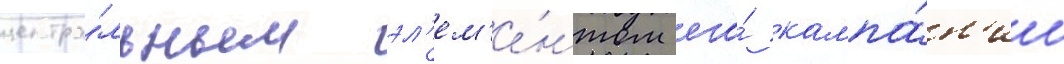
центра́льным эл'ем'е́нтом его́ кампа́н'ии